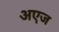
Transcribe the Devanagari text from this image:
अएज